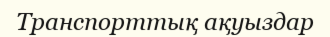
Транспорттық ақуыздар